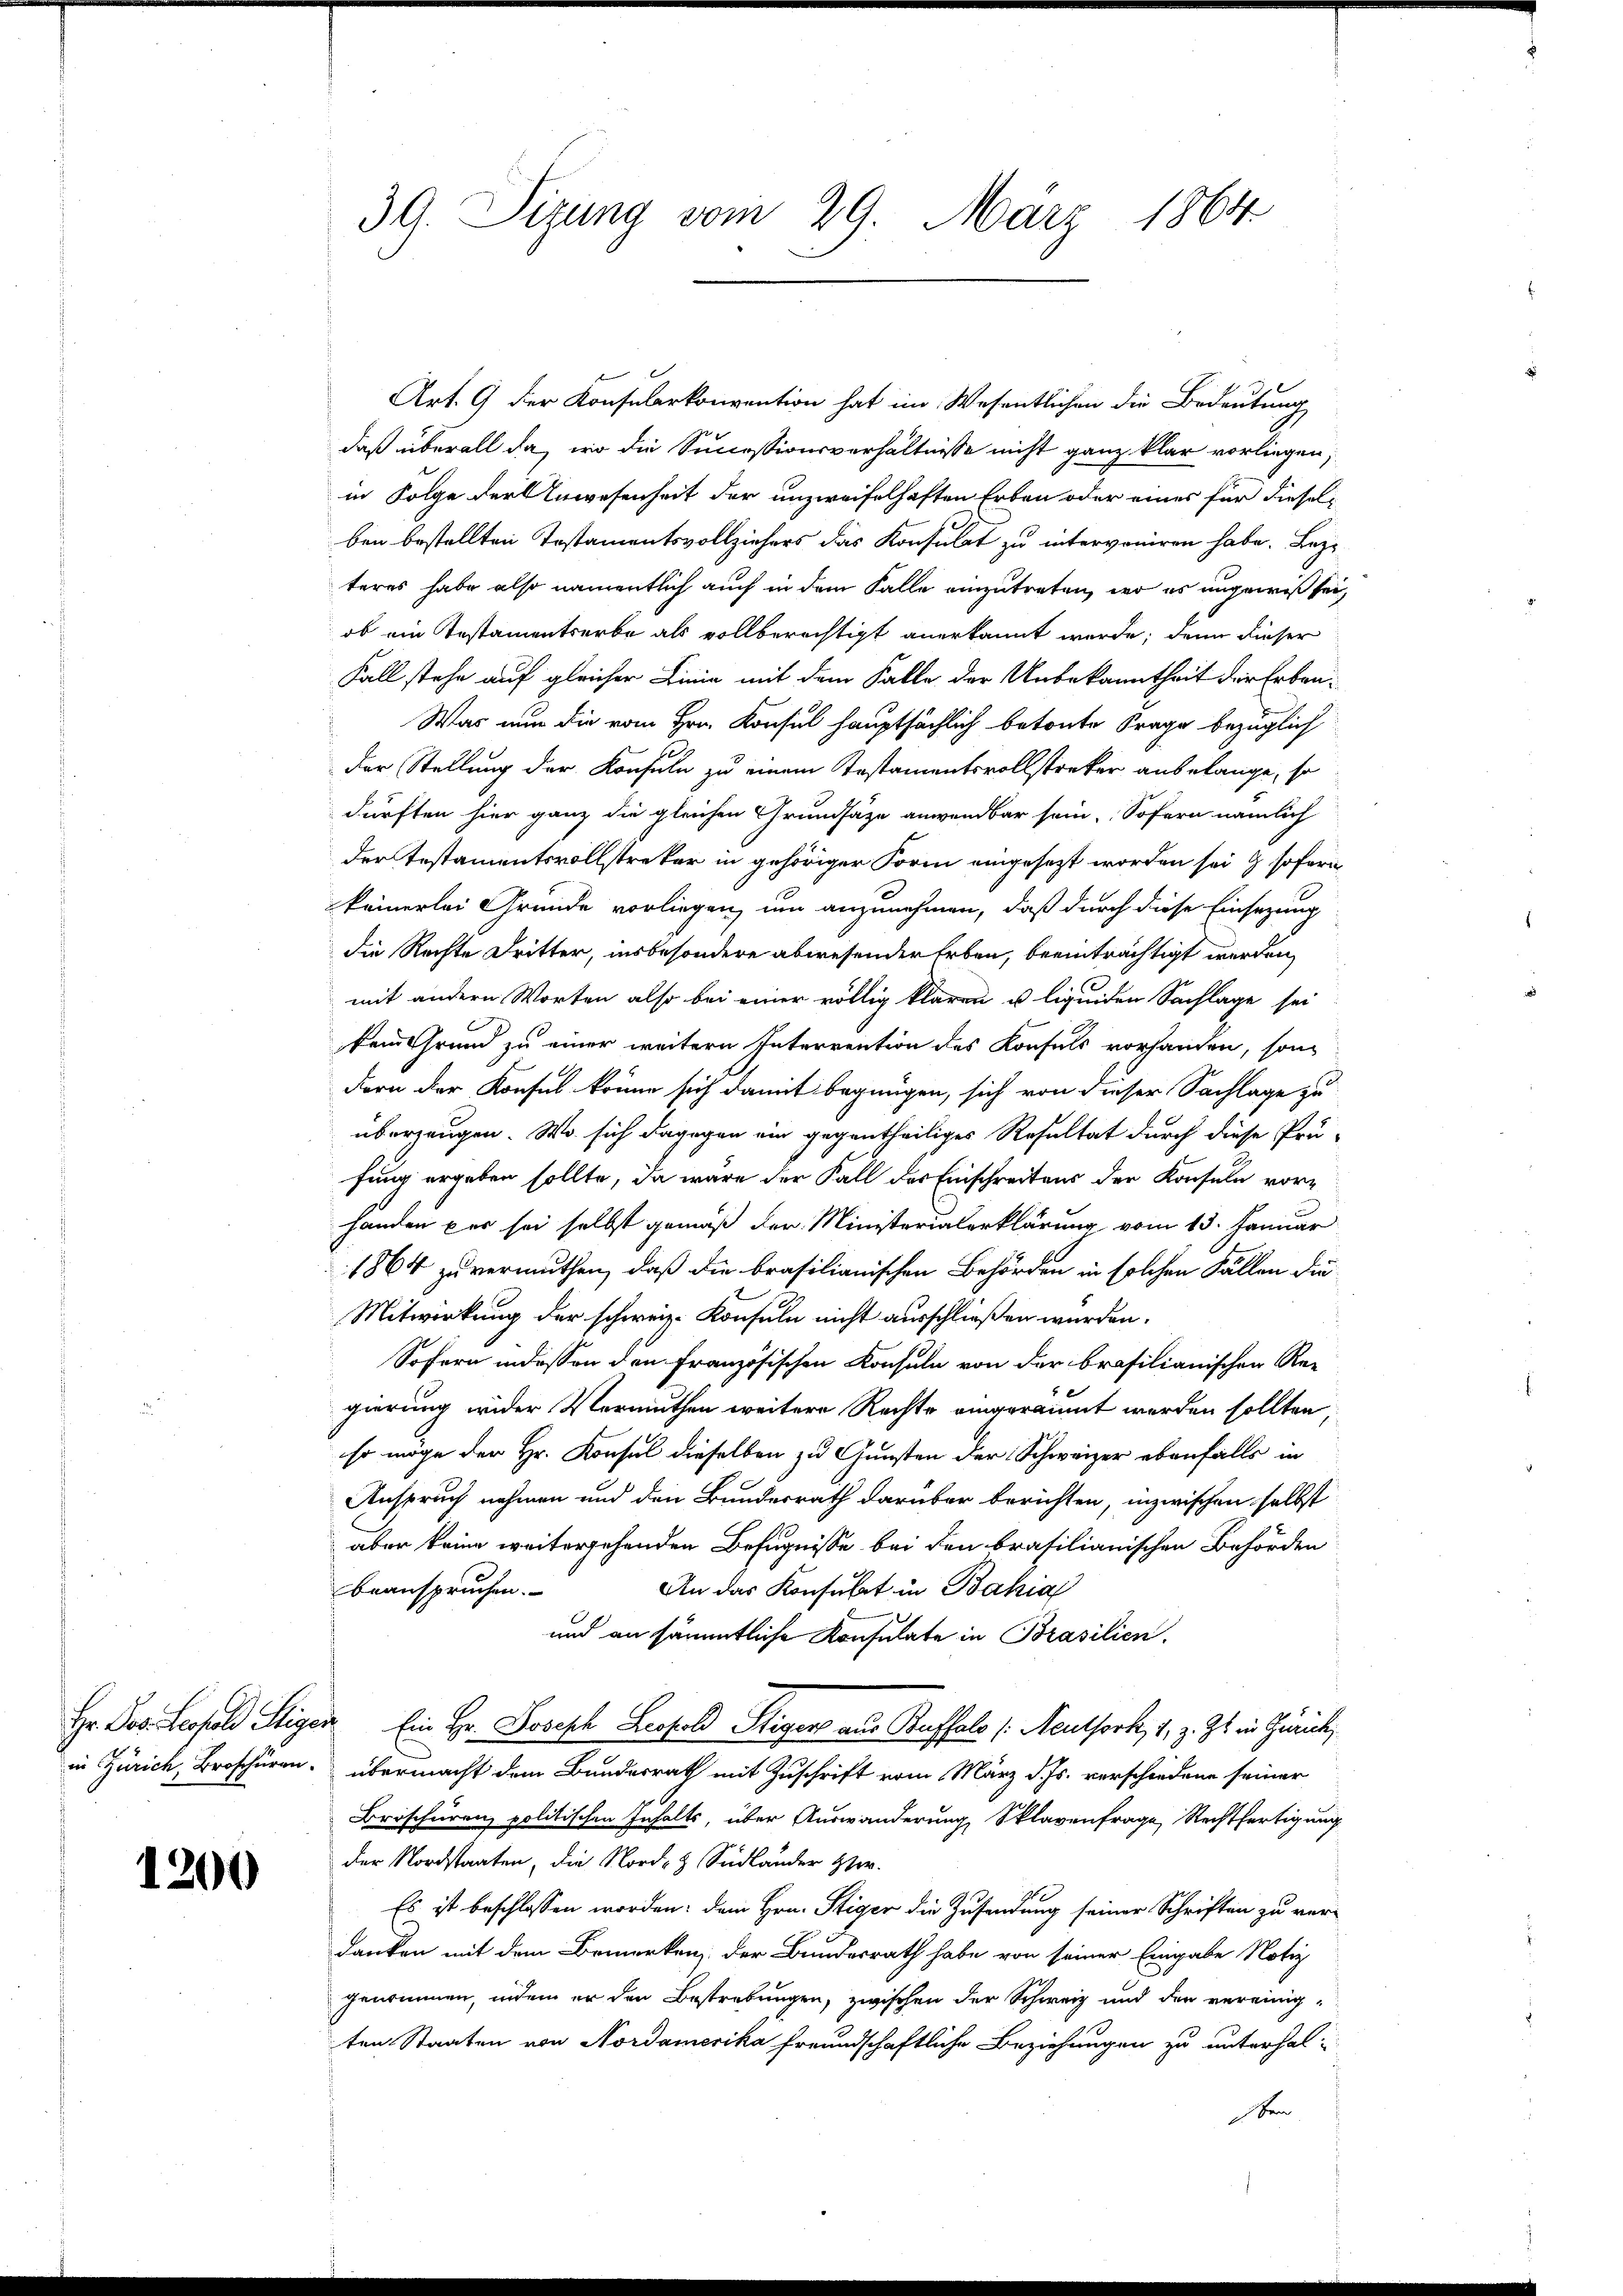
1200

30. Sizung vom 29. März 1864

Art. 9 der Konsularkonvention hat im Wesentlichen die Bedeutung
daß überall da, wo die Successionsverhältnisse nicht ganz klar vorliegen,
in Folge der Anwesenheit der unzweifelhaften Erben oder eines für dieselben bestellten Testamentsvollziehers das Konsulat zu intervoniren habe. Lezteres habe also namentlich auch in dem Falle einzutreten, wo es ungewiß sei,
ob ein Testamentserbe als vollberechtigt anerkannt werde; denn dieser
Fall stehe auf gleicher Linie mit dem Falle der Unbekanntheit der Erben¬
Was nun die vom Hrn. Konsul hauptsächlich betonte Frage bezüglich
der Stellung der Konsuln zu einem Testamentsvollstreker anbelange, so
dürften hier ganz die gleichen Grundsätze anwendbar sein. Sofern nämlich
der Testamentsvollstreker in gehöriger Form eingesezt worden sei & sofern
keinerlei Gründe vorliegen, um anzunehmen, daß durch diese Einsezung
die Rechte Dritter, insbesondere abwesender Erben, beeinträchtigt werden,
mit andern Worten also bei einer völlig klaren u liquiden Sachlage sei
kein Grund zu einer weitern Interrention des Konsuls vorhanden, son
dern der Konsul könne sich damit begnügen, sich von dieser Sachlage zu
überzeugen. Wo sich dagegen ein gegentheiliges Resultat durch diese Prü-
fung ergeben sollte, da wäre der Fall der Einschreitens der Konsuln vorhänden per sei selbst gemäß der Ministerialerklärung vom 13. Januar
1864 zu vermuthen, daß die brasilianischen Behörden in solchen Fällen die
Mitwirkung der schweiz. Konsuln nicht ausschließen würden.
Sofern indessen den Französischen Konsuln von der brasilianischen Regierung wider Vermuthen weitere Rechte eingeräumt werden sollten,
so möge der Hr. Konsul dieselben zu Gunsten der Schweizer ebenfalls in
Anspruch nehmen und den Bundesrath darüber berichten, inzwischen selbst
aber keine weitergehenden Befugnisse bei den brasilianischen Behörden
An das Konsulat in Bahia
beanspruchen.
und an sämmtliche Konsulate in Brasilien.
Hr. Jos. Leopold Stiger Ein Hr. Joseph Leopold Sigers aus Buffalo /: Neuthork, 1, z. Zt. in Zürich,
in Zürich, Broschüren übermacht dem Bundesrath mit Zuschrift vom März d. Js. verschiedene seiner
Broschüren politischen Inhalts, über Auswanderung Sklavenfrage Rechtfertigung
der Nordstaaten, die Nord- & Südländer Her
Es ist beschlossen worden: dem Hrn. Stiger die Zusendung seiner Schriften zu ver-
danken mit dem Bemerken, der Bundesrath habe von seiner Eingabe Notiz
genommen, indem er den Bestrebungen, zwischen der Schweiz und der vereinig-
ten Staaten von Nordamerika freundschaftliche Beziehungen zu unterhaloben